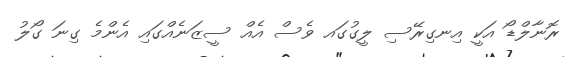
ރޮނާލްޑޯ އަކީ އިނގިރޭސި ލީގުގައ ވެސް އެއް ސީޒަނެއްގައި އެންމެ ގިނަ ގޯލު